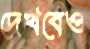
দেখবেও